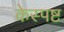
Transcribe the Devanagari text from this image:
केस्पष्ट